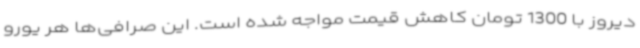
دیروز با 1300 تومان کاهش قیمت مواجه شده است. این صرافی‌ها هر یورو